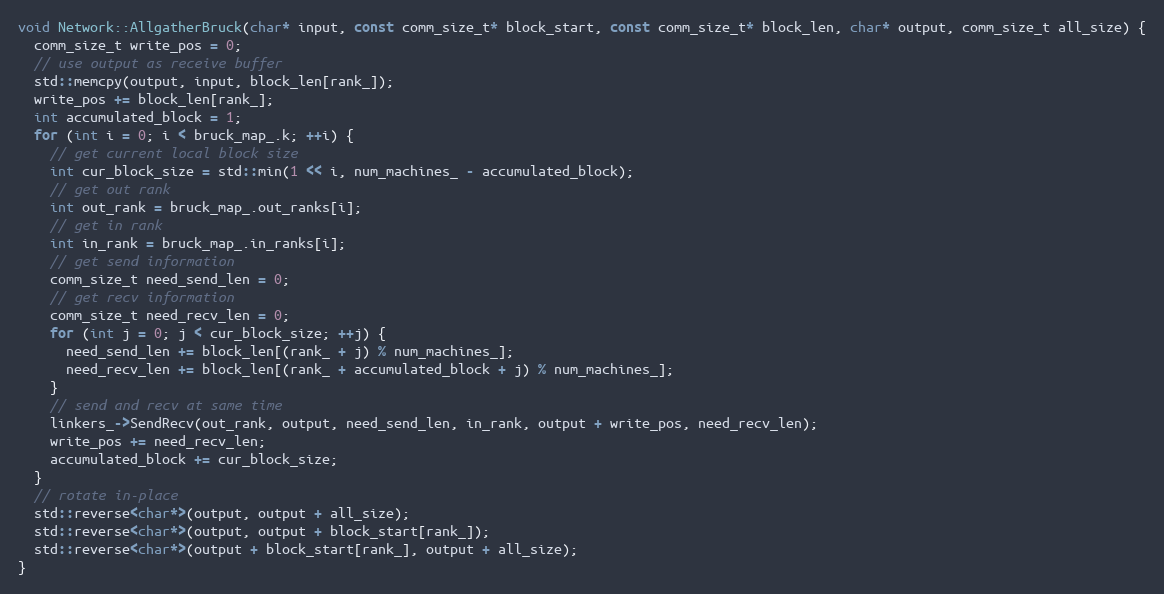
Language: C++
void Network::AllgatherBruck(char* input, const comm_size_t* block_start, const comm_size_t* block_len, char* output, comm_size_t all_size) {
  comm_size_t write_pos = 0;
  // use output as receive buffer
  std::memcpy(output, input, block_len[rank_]);
  write_pos += block_len[rank_];
  int accumulated_block = 1;
  for (int i = 0; i < bruck_map_.k; ++i) {
    // get current local block size
    int cur_block_size = std::min(1 << i, num_machines_ - accumulated_block);
    // get out rank
    int out_rank = bruck_map_.out_ranks[i];
    // get in rank
    int in_rank = bruck_map_.in_ranks[i];
    // get send information
    comm_size_t need_send_len = 0;
    // get recv information
    comm_size_t need_recv_len = 0;
    for (int j = 0; j < cur_block_size; ++j) {
      need_send_len += block_len[(rank_ + j) % num_machines_];
      need_recv_len += block_len[(rank_ + accumulated_block + j) % num_machines_];
    }
    // send and recv at same time
    linkers_->SendRecv(out_rank, output, need_send_len, in_rank, output + write_pos, need_recv_len);
    write_pos += need_recv_len;
    accumulated_block += cur_block_size;
  }
  // rotate in-place
  std::reverse<char*>(output, output + all_size);
  std::reverse<char*>(output, output + block_start[rank_]);
  std::reverse<char*>(output + block_start[rank_], output + all_size);
}